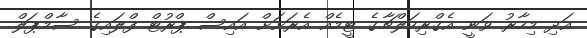
އަދި މިހާރު ވަނީ އެގްރިކަލްޗާގެ ޓީމެއް އެރަށަށް އައިސް ޕްރުޓް ފްލައިގެ ސާމްޕަލް